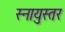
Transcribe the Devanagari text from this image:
स्नायुस्तर